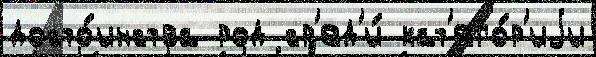
досто́инства род ср'ед'и́ кат'его́р'иjи